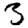
Digit: 3